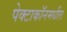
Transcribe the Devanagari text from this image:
पेक्टाकॉनमधील